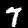
Digit: 7